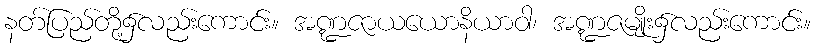
နတ်ပြည်တို့၌လည်းကောင်း။ အဏ္ဍဇာယယောနိယာဝါ၊ အဏ္ဍဇမျိုး၌လည်းကောင်း။